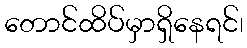
တောင်ထိပ်မှာရှိနေရင်၊